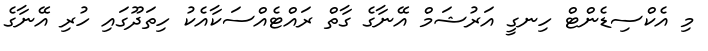
މި އެކްސިޑެންޓް ހިނގީ އަރުޝަމް އޭނާގެ ގާތް ރައްޓެއްސަކާއެކު ހިތަދޫގައި ހުރި އޭނާގެ